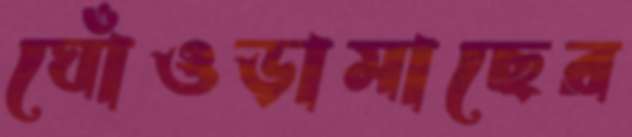
ঘোঁওড়ামাছের